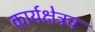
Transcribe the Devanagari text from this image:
कार्यक्षेत्रच